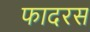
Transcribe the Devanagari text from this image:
फादरस